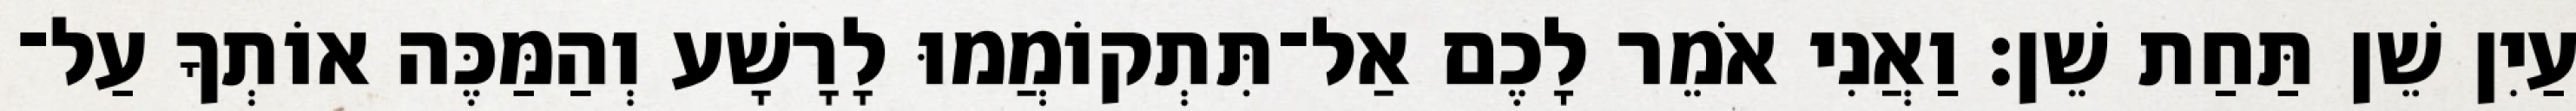
עַיִן שֵׁן תַּחַת שֵׁן׃ וַאֲנִי אֹמֵר לָכֶם אַל־תִּתְקוֹמֲמוּ לָרָשָׁע וְהַמַּכֶּה אוֹתְךָ עַל־